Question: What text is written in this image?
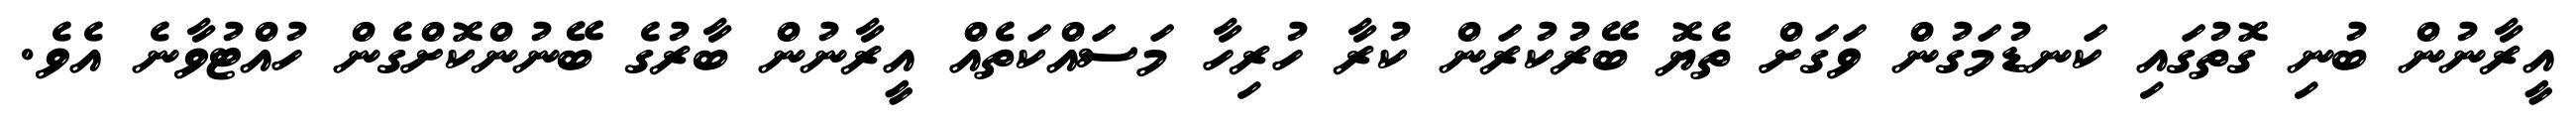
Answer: އީރާނުން ބުނި ގޮތުގައި ކަނޑުމަގުން ވަގަށް ތެޔޮ ބޭރުކުރަން ކުރާ ހުރިހާ މަސައްކަތެއް އީރާނުން ބާރުގެ ބޭނުންކޮށްގެން ހުއްޓުވާނެ އެވެ.